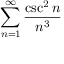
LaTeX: \displaystyle \sum _ { n = 1 } ^ { \infty } { \frac { \csc ^ { 2 } n } { n ^ { 3 } } }